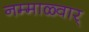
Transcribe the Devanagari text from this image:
नम्माळ्वार्